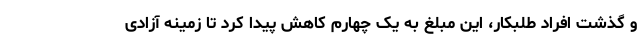
و گذشت افراد طلبکار، این مبلغ به یک چهارم کاهش پیدا کرد تا زمینه آزادی